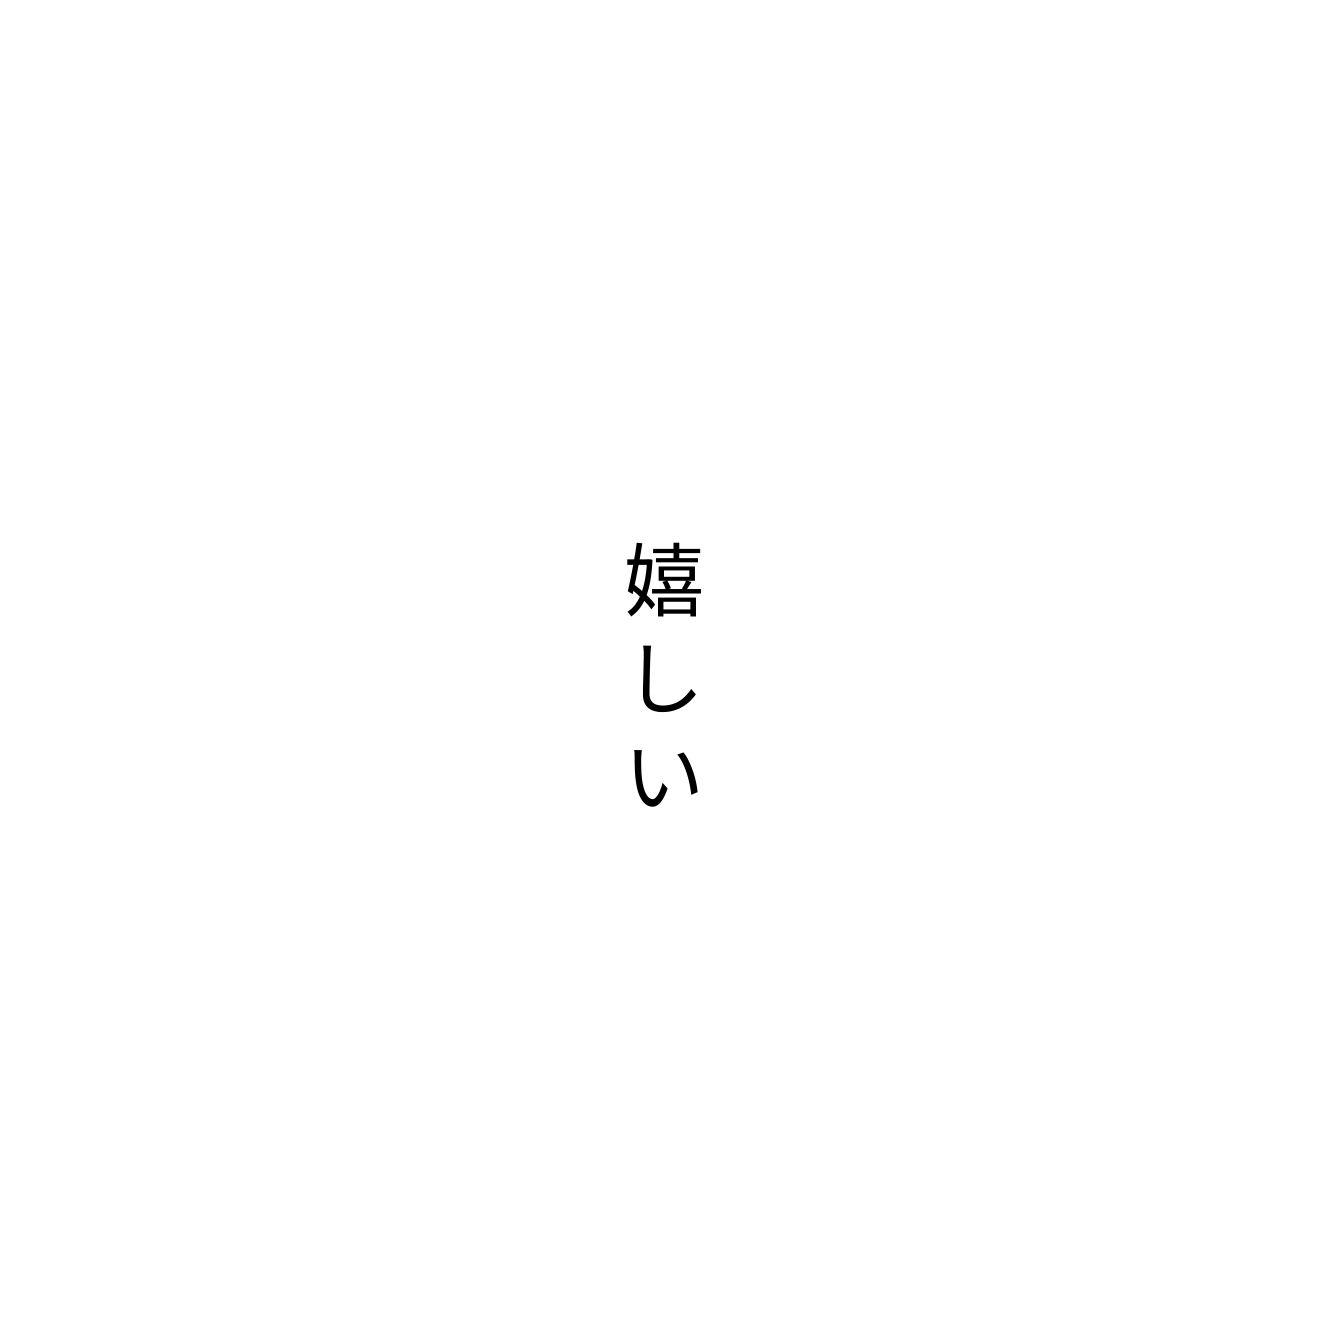
嬉しい